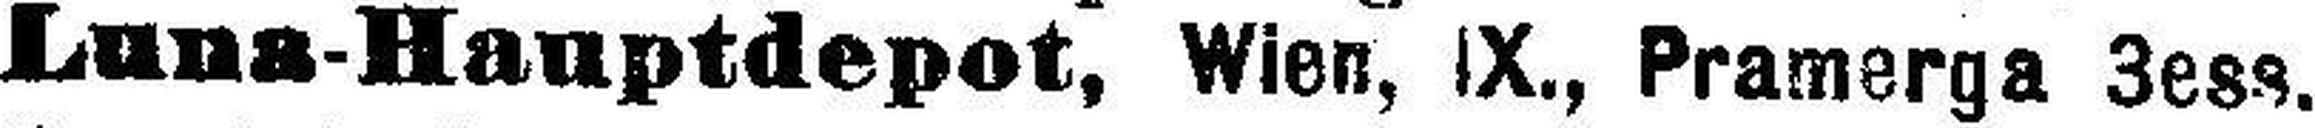
Luna-Hauptdepot, Wien, IX., Pramerga 3ess.